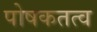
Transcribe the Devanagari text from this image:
पोषकतत्व